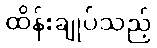
ထိန်းချုပ်သည့်